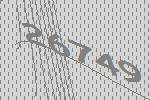
26749